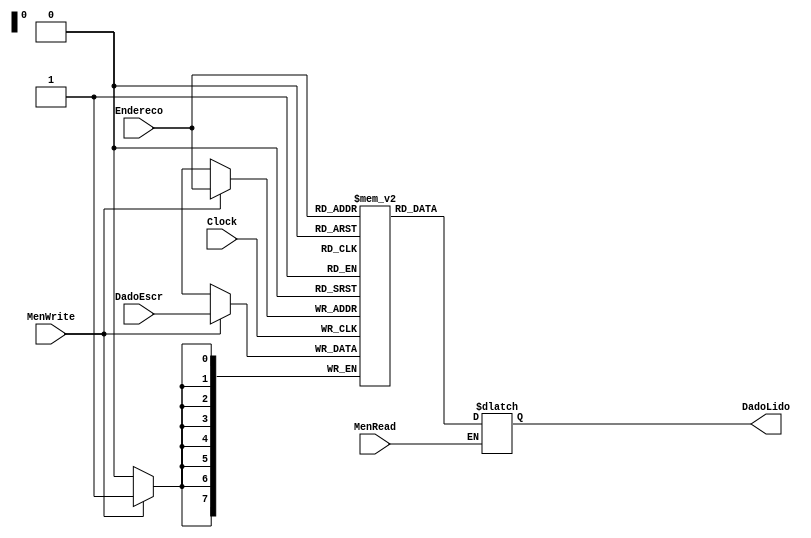
module MemoriaDados (Endereco, DadoEscr, DadoLido, MenWrite, MenRead, Clock);

  input [7:0] Endereco, DadoEscr;
  input Clock, MenWrite, MenRead;
  output reg [7:0] DadoLido;

  reg [7:0] Dados [0:255];

  always @(posedge Clock) begin
    if(MenWrite)
      Dados[Endereco] = DadoEscr;
  end

  always @(*) begin
    if(MenRead)
      DadoLido = Dados[Endereco];
  end

endmodule